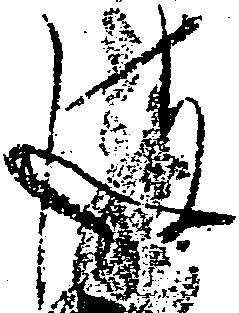
彼